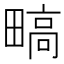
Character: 𬏐